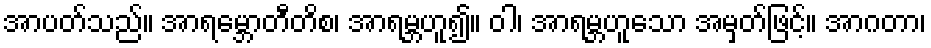
အာပတ်သည်။ အာရမ္ဘောတီတိစ၊ အာရမ္ဘဟူ၍။ ဝါ၊ အာရမ္ဘဟူသော အမှတ်ဖြင့်။ အာဂတာ၊